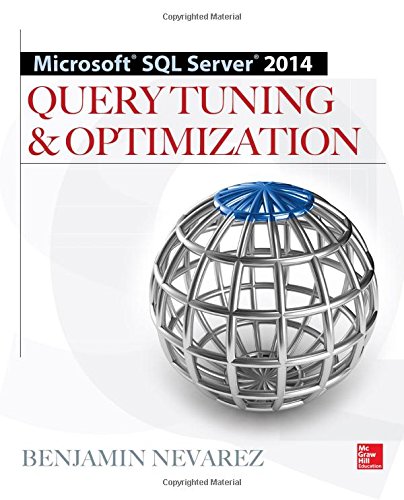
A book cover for Microsoft SQL Server 2014 Query Tuning & Optimization; Benjamin Nevarez; Computers & Technology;